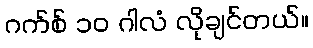
ဂက်စ် ၁၀ ဂါလံ လိုချင်တယ်။